Etiology and epidemiology of plague
Disease focus: Plague
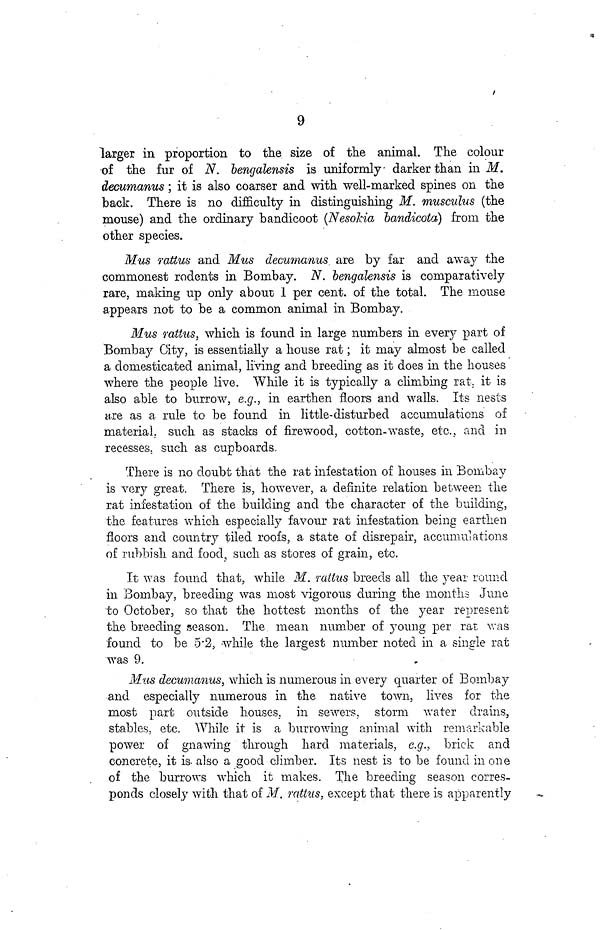
9
larger in proportion to the size of the animal. The colour
of the fur of N. bengalensis is uniformly darker than in M.
decumanus ; it is also coarser and with well-marked spines on the
back. There is no difficulty in distinguishing M. musculus (the
mouse) and the ordinary bandicoot (Nesokia bandicota) from the
other species.
Mus rattus and Mus decumanus are by far and away the
commonest rodents in Bombay. N. bengalensis is comparatively
rare, making up only about; 1 per cent. of the total. The mouse
appears not to be a common animal in Bombay.
Mus rattus, which is found in large numbers in every part of
Bombay City, is essentially a house rat; it may almost be called
a domesticated animal, living and breeding as it does in the houses
where the people live. While it is typically a climbing rat. it is
also able to burrow, e.g., in earthen floors and walls. Its nests
axe as a rule to be found in little-disturbed accumulations of
material, such as stacks of firewood, cotton-waste, etc., and in
recesses, such as cupboards.
There is no doubt that the rat infestation of houses in Bombay
is very great. There is, however, a definite relation between the
rat infestation of the building and the character of the building,
the features which especially favour rat infestation being earthen
floors and country tiled roofs, a state of disrepair, accumulations
of rubbish and food, such as stores of grain, etc.
It was found that, while M. rattus breeds all the year round
in Bombay, breeding was most vigorous during the months June
to October, so that the hottest months of the year represent
the breeding season. The mean number of young per rat was
found to be 5 2, while the largest number noted in a single rat
was 9.
Mus decumanus, which is numerous in every quarter of Bombay
and especially numerous in the native town, lives for the
most part outside houses, in sewers, storm water drains,
stables, etc. While it is a burrowing animal with remarkable
power of gnawing through hard materials, e.g., brick and
concrete, it is also a good climber. Its nest is to be found in one
of the burrows which it makes. The breeding season corres-
ponds closely with that of M. rattus, except that there is apparently